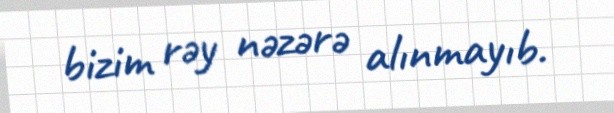
bizim rəy nəzərə alınmayıb.